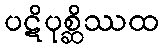
ပဋိပုစ္ဆိဿထ